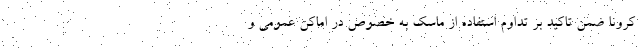
کرونا ضمن تاکید بر تداوم استفاده از ماسک به خصوص در اماکن عمومی و